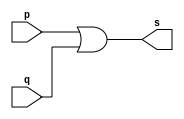
// -------------------------
// Exemplo0004 - OR
// Nome: Djonatas Tulio Rodrigues Costa
// -------------------------

// -------------------------
// -- or gate
// -------------------------
module orgate (output s, input p, input q);
	assign s = p | q;
endmodule // orgate

// -------------------------
// -- test or gate
// -------------------------
module testorgate;
// ------------------------- dados locais
	reg a, b;	// definir registrador
			// (variavel independente)
	wire s;		// definir conexao (fio)
			// (variavel dependente)
// ------------------------- instancia
	orgate OR1 (s, a, b);
// ------------------------- preparacao
	initial begin:start
		a=0; b=0;
	end
// ------------------------- parte principal
	initial begin
		$display("Exemplo0004 - Djonatas Tulio Rodrigues Costa - 440954");
		$display("Test OR gate");
		$display("\na | b = s\n");
			a=0; b=0;
	#1 $display("%b | %b = %b", a, b, s);
			a=0; b=1;
	#1 $display("%b | %b = %b", a, b, s);
			a=1; b=0;
	#1 $display("%b | %b = %b", a, b, s);
			a=1; b=1;
	#1 $display("%b | %b = %b", a, b, s);
	end
	
endmodule // testorgate